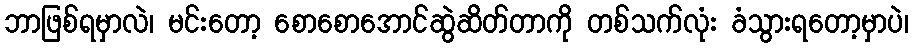
ဘာဖြစ်ရမှာလဲ၊ မင်းတော့ စောစောအောင်ဆွဲဆိတ်တာကို တစ်သက်လုံး ခံသွားရတော့မှာပဲ၊